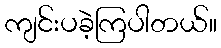
ကျင်းပခဲ့ကြပါတယ်။